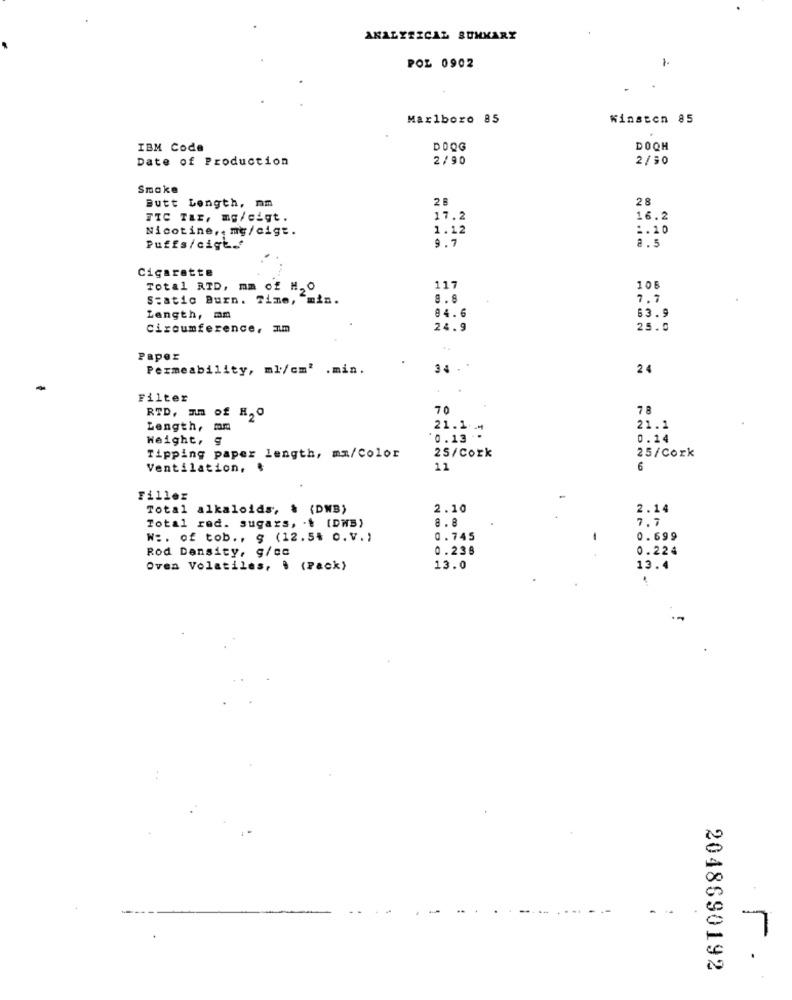
ANALYTICAL SUMMARY
POZ 0902
Marlboro 85
Winston 85
IBM Code
DOOG
DOQH
Date of Production
2/90
2/30
Smake
2B
28
Butt Length, mm
TIC Tar, mg/cigt.
17.2
16.2
Nicotine ,, mg/cigt.
1.12
1.10
Puffs/cigt.f
9.7
8.5
Cigarette
Total RID, mm of H, O
117
105
Static Burn. Time, "min.
8.8
7.7
84.6
Length, mm
63.9
circumference, Im
24.9
25.0
Paper
Permeability, ml/cm' .min.
34 .
24
Filter
RTD, Im of H, O
70
78
Length, mm
21.1 .
21.1
Weight, 9
'0.13 -
0.14
Tipping paper length, mm/Color
25/Cork
25/Cork
Ventilation,
11
6
Fillez
Total alkaloids, & (DWB)
2.10
2.14
Total red. sugars, . & [DMB)
a.8
7.7
W :. of tob ., g (12.5% o.v.)
0.745
0.699
Rod Dansity, g/cc
0.238
0.224
Oven Volatiles, . (Pack)
13.0
13.4
7
2048690192